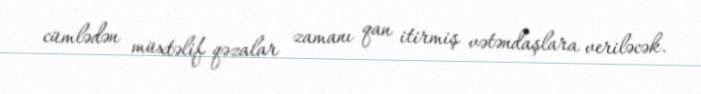
cümlədən müxtəlif qəzalar zamanı qan itirmiş vətəndaşlara veriləcək.